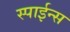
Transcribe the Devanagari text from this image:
स्पाईन्स